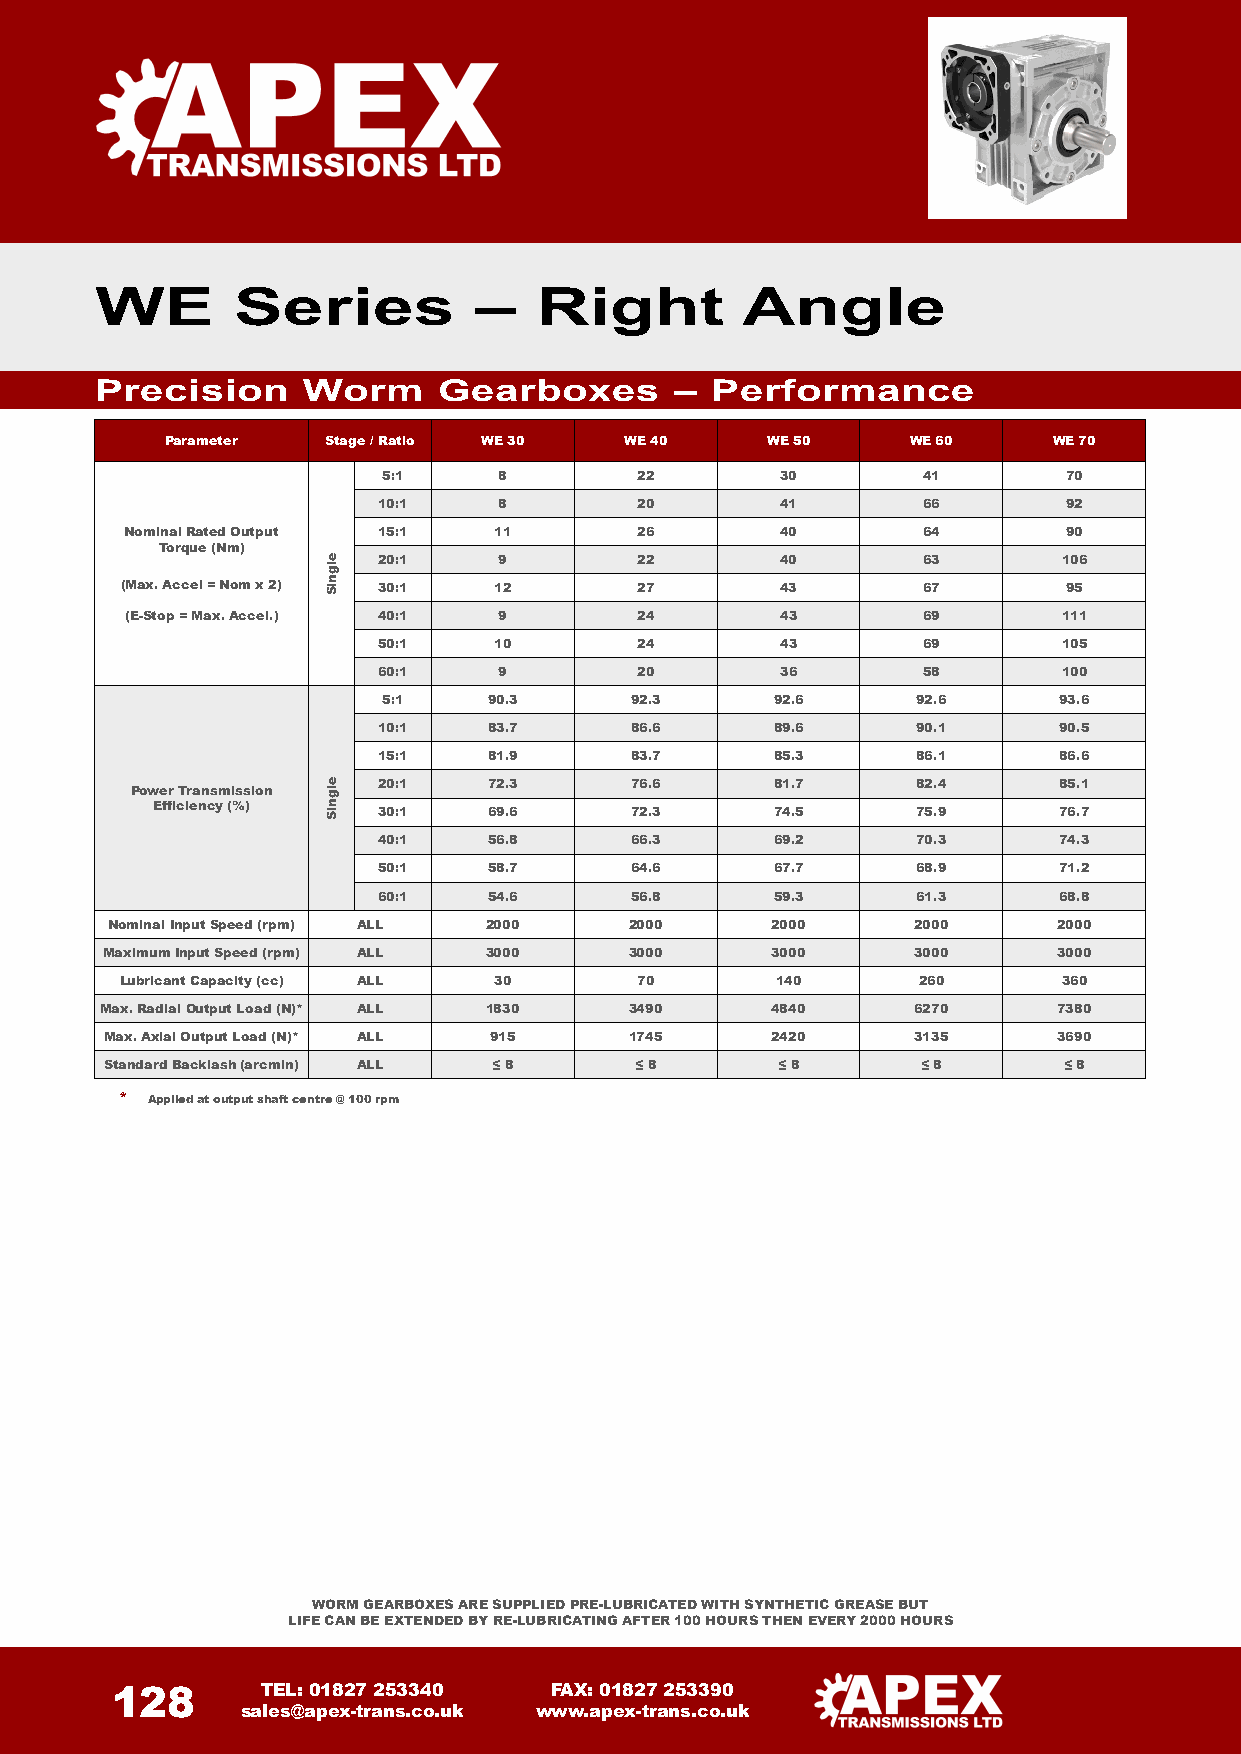
WE       Series          –   Right         Angle
 Precision     Worm     Gearboxes       – Performance
 Parameter  Stage/ Ratio WE 30 WE 40     WE 50    WE 60     WE 70
 5:1     8        22        30       41        70
 10:1    8        20        41       66        92
 NominalRated Output 15:1 11       26        40       64        90
 Torque (Nm)
 20:1    9        22        40       63       106
 (Max. Accel = Nom x 2) 30:1 12    27        43       67        95
 (E-Stop = Max. Accel.) 40:1 9     24        43       69       111
 50:1    10       24        43       69       105
 60:1    9        20        36       58       100
 5:1    90.3      92.3     92.6      92.6     93.6
 10:1   83.7      86.6     89.6      90.1     90.5
 15:1   81.9      83.7     85.3      86.1     86.6
 20:1   72.3      76.6     81.7      82.4     85.1
 Power Transmission
 Efficiency (%)
 30:1   69.6      72.3     74.5      75.9     76.7
 40:1   56.8      66.3     69.2      70.3     74.3
 50:1   58.7      64.6     67.7      68.9     71.2
 60:1   54.6      56.8     59.3      61.3     68.8
 NominalInput Speed (rpm) ALL 2000  2000     2000     2000      2000
 MaximumInput Speed (rpm) ALL 3000  3000     3000     3000      3000
 Lubricant Capacity (cc) ALL 30    70       140       260      360
 Max. RadialOutput Load(N)* ALL 1830 3490    4840     6270      7380
 Max. Axial Output Load (N)* ALL 915 1745    2420     3135      3690
 Standard Backlash(arcmin) ALL ≤ 8  ≤ 8      ≤ 8       ≤ 8      ≤ 8
 * Applied at output shaft centre @ 100 rpm
 WORM GEARBOXES ARE SUPPLIED PRE-LUBRICATED WITH SYNTHETIC GREASE BUT
 LIFE CAN BE EXTENDED BY RE-LUBRICATING AFTER 100 HOURS THEN EVERY 2000 HOURS
 128       TEL: 01827 253340  FAX: 01827 253390
 sales@apex-trans.co.uk www.apex-trans.co.uk
 elgniS
 elgniS